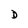
Character: D